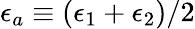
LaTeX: \epsilon_{a}\equiv(\epsilon_{1}+\epsilon_{2})/2